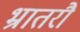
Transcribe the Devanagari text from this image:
भ्रातरौ